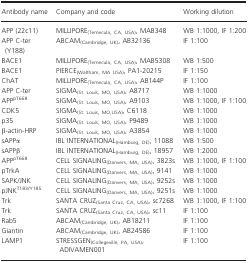
| Antibody name | Company and code | Working dilution |
 | --- | --- | --- |
 | APP (22c11) | MILLIPORE(Temecula, CA, USA), MAB348 | WB 1:1000, IF 1:200 |
 | APP C‐ter (Y188) | ABCAM(Cambridge, UK), AB32136 | IF 1:100 |
 | BACE1 | MILLIPORE(Temecula, CA, USA), MAB5308 | WB 1:500 |
 | BACE1 | PIERCE(Waltham, MA USA), PA1‐20215 | IF 1:150 |
 | ChAT | MILLIPORE(Temecula, CA, USA), AB144P | IF 1:100 |
 | APP C‐ter | SIGMA(St. Louis, MO, USA), A8717 | WB 1:1000 |
 | APPpT668 | SIGMA(St. Louis, MO, USA), A9103 | WB 1:1000, IF 1:100 |
 | CDK5 | SIGMA(St. Louis, MO,USA), C6118 | WB 1:1000 |
 | p35 | SIGMA(St. Louis, MO, USA), P9489 | WB 1:1000 |
 | β‐actin‐HRP | SIGMA(St. Louis, MO, USA), A3854 | WB 1:1000 |
 | sAPPα | IBL INTERNATIONAL(Hamburg, DE), 11088 | WB 1:500 |
 | sAPPβ | IBL INTERNATIONAL(Hamburg, DE), 18957 | WB 1:2000 |
 | APPpT668 | CELL SIGNALING(Danvers, MA, USA), 3823s | WB 1:1000, IF 1:100 |
 | pTrkA | CELL SIGNALING(Danvers, MA, USA), 9141 | WB 1:1000 |
 | SAPK/JNK | CELL SIGNALING(Danvers, MA, USA), 9252s | WB 1:1000 |
 | pJNKT183/Y185 | CELL SIGNALING(Danvers, MA, USA), 9251s | WB 1:1000 |
 | Trk | SANTA CRUZ(Santa Cruz, CA, USA), sc7268 | WB 1:1000, IF 1:100 |
 | Trk | SANTA CRUZ(Santa Cruz, CA, USA), sc11 | IF 1:100 |
 | Rab5 | ABCAM(Cambridge, UK), AB18211 | IF 1:100 |
 | Giantin | ABCAM(Cambridge, UK), AB24586 | IF 1:100 |
 | LAMP1 | STRESSGEN(Collegeville, PA, USA), ADIVAMEN001 | IF 1:100 |